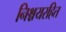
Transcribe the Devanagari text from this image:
निश्चयरहित